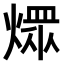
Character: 𤎏